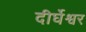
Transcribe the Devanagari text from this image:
दीर्घेश्वर